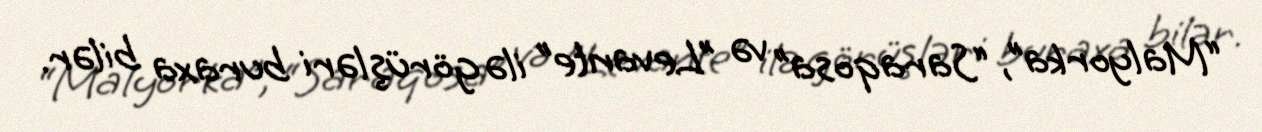
“Malyorka”, “Saraqosa” və "Levante” ilə görüşləri buraxa bilər.